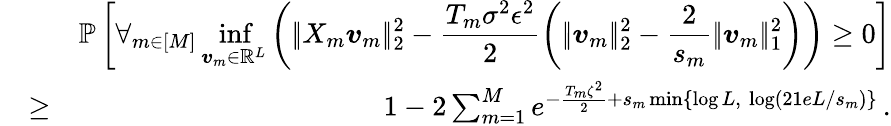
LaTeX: \begin{array}{rlr}&{}&{\mathbb P\left[\displaystyle\forall_{m\in[M]}\operatorname*{inf}_{\boldsymbol{v}_{m}\in\mathbb R^{L}}\left(|\! |X_{m}\boldsymbol{v}_{m}|\! |_{2}^{2}-\frac{T_{m}\sigma^{2}\epsilon^{2}}2\left(|\! |\boldsymbol{v}_{m}|\! |_{2}^{2}-\frac{2}{s_{m}}|\! |\boldsymbol{v}_{m}|\! |_{1}^{2}\right)\right)\geq 0\right]}\\ &{\geq}&{1-2\sum_{m=1}^{M}e^{-\frac{T_{m}\zeta^{2}}{2}+s_{m}\operatorname*{min}\{ \log L,~\log(21eL/s_{m})\} }\, .}\end{array}